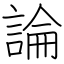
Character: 論